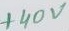
Text: +40V